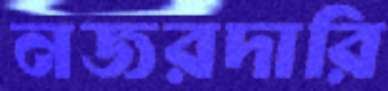
নজরদারি